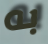
به